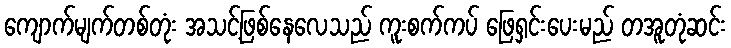
ကျောက်မျက်တစ်တုံး အသင့်ဖြစ်နေလေသည် ကူးစက်ကပ် ဖြေရှင်းပေးမည် တအူတုံဆင်း